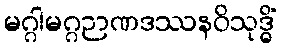
မဂ္ဂါမဂ္ဂဉာဏဒဿနဝိသုဒ္ဓိံ